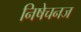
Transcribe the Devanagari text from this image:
निषेचनज